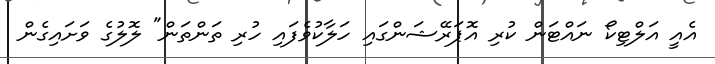
އެއީ އަލްޓިކޯ ނައްޓަން ކުރި އޮޕަރޭޝަންގައި ހަލާކުވެފައި ހުރި ތަންތަން" ލޮލުގެ ވަށައިގެން